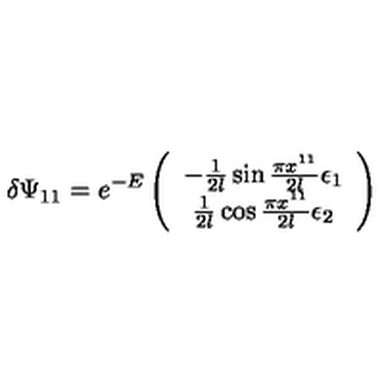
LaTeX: \delta \Psi _ { 1 1 } = e ^ { - E } \left( \begin{array} { c } { - { \frac { 1 } { 2 l } } \sin { \frac { \pi x ^ { 1 1 } } { 2 l } } \epsilon _ { 1 } } \\ { { \frac { 1 } { 2 l } } \cos { \frac { \pi x ^ { 1 1 } } { 2 l } } \epsilon _ { 2 } } \\ \end{array} \right) \